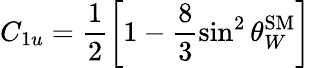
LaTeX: C_{1u}=\frac{1}{2}\left[1-\frac{8}{3}\sin^{2}\theta_{W}^{\mathrm{SM}}\right]